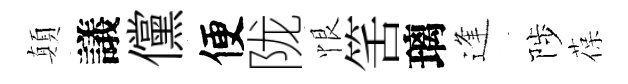
顛議儻便陇恨筈璃逢陟葆